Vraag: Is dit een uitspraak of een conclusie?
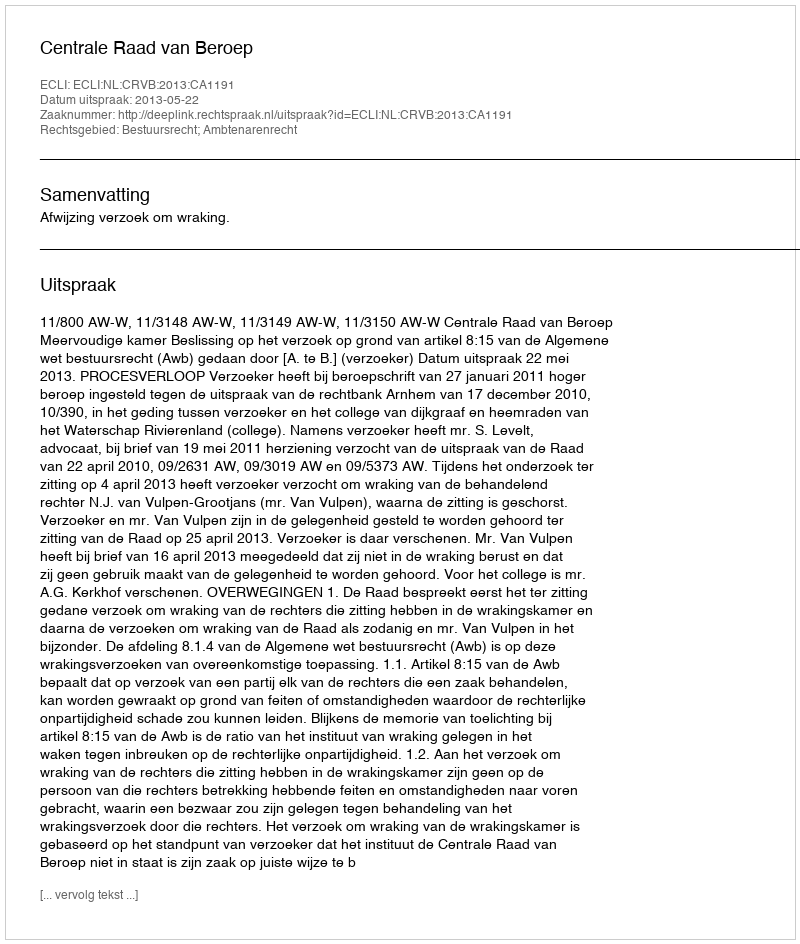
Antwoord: Uitspraak